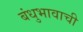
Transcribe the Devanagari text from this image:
बंधुभावाची